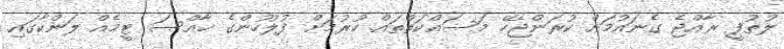
ލުޠުފީ ރާއްޖެ ގެނައުމަށް ކުރަންޖެހޭ މަސައްކަތްތައް ކުރުމަށް ފުލުހުންގެ ޚާއްސަ ޓީމެއް ލަންކާގައި